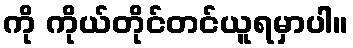
ကို ကိုယ်တိုင်တင်ယူရမှာပါ။